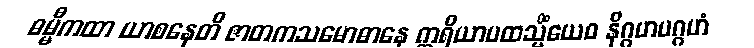
ဓမ္မီကထာ ယာစနေတိ ဇာတကသမောဓာနေ ဣရိယာပထသ္မိံယေဝ နိဂ္ဂဟပဂ္ဂဟံ